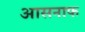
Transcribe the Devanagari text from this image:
आसनाफ